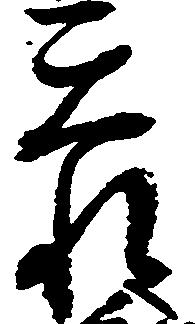
忝